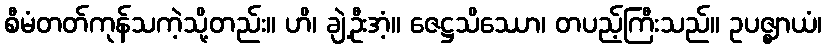
စီမံတတ်ကုန်သကဲ့သို့တည်း။ ဟိ၊ ချဲ့ဦးအံ့။ ဇေဋ္ဌသိဿော၊ တပည့်ကြီးသည်။ ဥပဇ္ဈာယံ၊